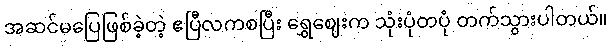
အဆင်မပြေဖြစ်ခဲ့တဲ့ ဧပြီလကစပြီး ရွှေဈေးက သုံးပုံတပုံ တက်သွားပါတယ်။